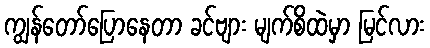
ကျွန်တော်ပြောနေတာ ခင်ဗျား မျက်စိထဲမှာ မြင်လား